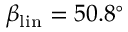
\beta _ { \mathrm { l i n } } = 5 0 . 8 ^ { \circ }